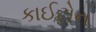
કાઈટોન